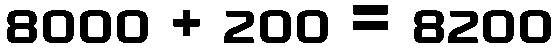
8000 + 200 = 8200